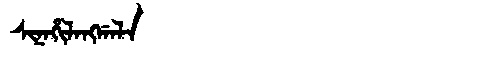
Manchu: ᠰᡳᠨᠠᡥᡳᠯᠠᠩᡤᠠᠯᠠ
Romanization: SINAHILANGGALA